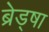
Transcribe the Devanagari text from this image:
ब्रेड्षा